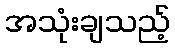
အသုံးချသည့်